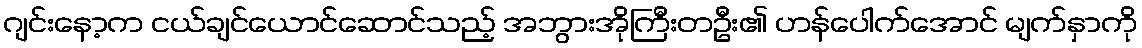
ဂျင်းနော့က ငယ်ချင်ယောင်ဆောင်သည့် အဘွားအိုကြီးတဦး၏ ဟန်ပေါက်အောင် မျက်နှာကို